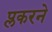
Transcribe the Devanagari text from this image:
प्लकरने